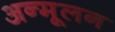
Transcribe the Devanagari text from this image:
अन्मूलन